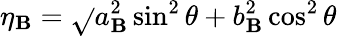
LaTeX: \eta_{\mathbf{B}}=\sqrt{}{{a_{\mathbf{B}}^{2}\sin^{2}\theta+b_{\mathbf{B}}^{2}\cos^{2}\theta}}